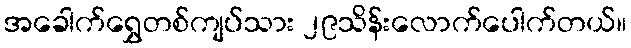
အခေါက်ရွှေတစ်ကျပ်သား ၂၉သိန်းလောက်ပေါက်တယ်။